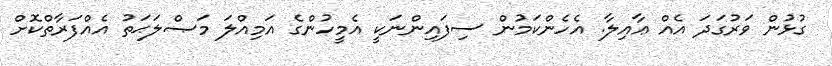
ގުޅުން ވަރުގަދަ އެއް ޢާއިލާ. އެހެންކަމުން ސިފައިންނަކީ އެމީހުންގެ އަމިއްލަ މަޞްލަޙަތު އެއްފަރާތްކޮށް